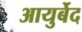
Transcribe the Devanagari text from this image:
आयुर्बेद